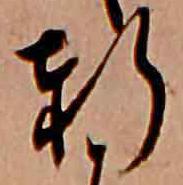
軒